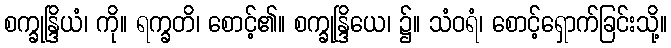
စက္ခုန္ဒြိယံ၊ ကို။ ရက္ခတိ၊ စောင့်၏။ စက္ခုန္ဒြိယေ၊ ၌။ သံဝရံ၊ စောင့်ရှောက်ခြင်းသို့။